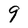
Character: 9